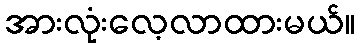
အားလုံးလေ့လာထားမယ်။